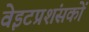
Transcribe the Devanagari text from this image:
वेइटप्रशंसकों